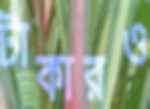
টাকারও